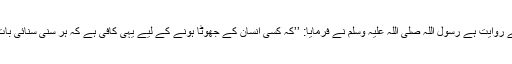
ابو ہریرہ رضی اللہ عنہ سے روایت ہے رسول اللہ صلی اللہ علیہ وسلم نے فرمایا: ’’کہ کسی انسان کے جھوٹا ہونے کے لیے یہی کافی ہے کہ ہر سنی سنائی بات آگے بیان کر دے‘‘ (مسلم۔